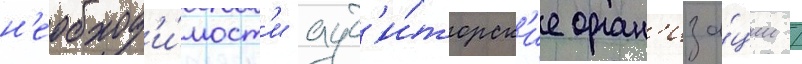
н'еобход'и́мост'и ауд'и́торск'ие орган'иза́ции /